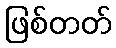
ဖြစ်တတ်